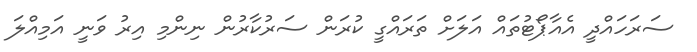
ސަރަހައްދީ އެއާޕޯޓުތައް އަލަށް ތަރައްގީ ކުރަން ސަރުކާރުން ނިންމި އިރު ވަނީ އަމިއްލަ